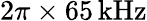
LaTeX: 2\pi\times 65\, \mathrm{kHz}